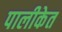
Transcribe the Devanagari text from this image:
पालीकेत